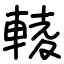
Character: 輘